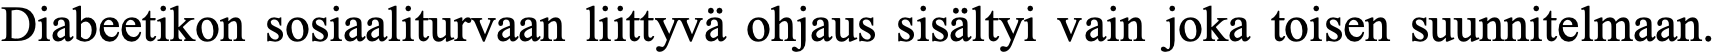
Diabeetikon sosiaaliturvaan liittyvä ohjaus sisältyi vain joka toisen suunnitelmaan.